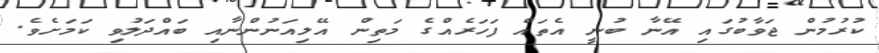
ކުރުމުން ޖަވާބުގައި އޭނާ ބުނީ އެތައް ފަހަރެއްގެ މަތިން އޭލިއަނުންނާއި ބައްދަލުވި ކަމަށެވެ.